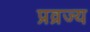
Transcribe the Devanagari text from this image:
प्रव्रज्य